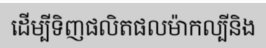
ដើម្បីទិញផលិតផលម៉ាកល្បីនិង